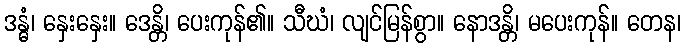
ဒန္ဓံ၊ နှေးနှေး။ ဒေန္တိ၊ ပေးကုန်၏။ သီဃံ၊ လျင်မြန်စွာ။ နောဒန္တိ၊ မပေးကုန်။ တေန၊